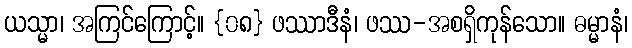
ယသ္မာ၊ အကြင်ကြောင့်။ {၀၈} ဖဿာဒီနံ၊ ဖဿ-အစရှိကုန်သော။ ဓမ္မာနံ၊